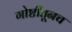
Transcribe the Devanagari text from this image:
गोष्टींतूनच